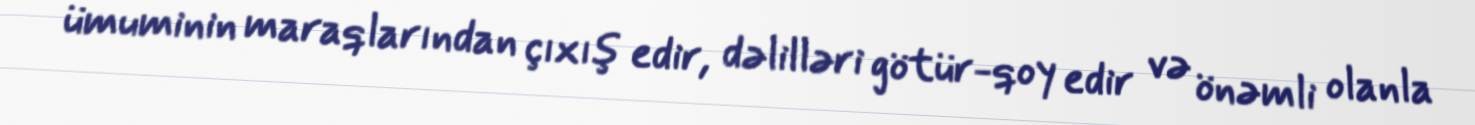
ümuminin maraqlarından çıxış edir, dəlilləri götür-qoy edir və önəmli olanla